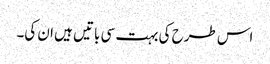
اس طرح کی بہت سی باتیں ہیں ان کی۔